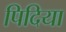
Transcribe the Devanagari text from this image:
पिदिया